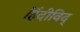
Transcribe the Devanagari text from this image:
हिंदीविद्‍